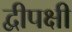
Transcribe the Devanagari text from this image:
द्वीपक्षी